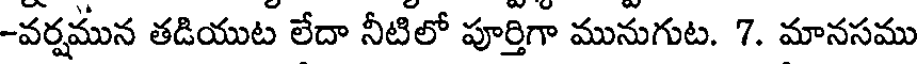
-వర్షమున తడియుట లేదా నీటిలో పూర్తిగా మునుగుట. 7. మానసము